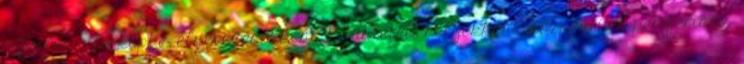
rajzolva a térképbe, elnevezésekként, kitüntetett helyekként, központi és perifériális